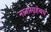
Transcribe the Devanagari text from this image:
नानासाहेबच